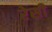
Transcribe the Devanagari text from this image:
रेसी